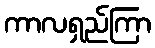
ကာလရှည်ကြာ